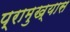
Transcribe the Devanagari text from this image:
प्रामुख्यास